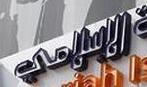
الاسلامي